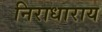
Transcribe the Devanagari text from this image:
निराधाराय